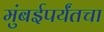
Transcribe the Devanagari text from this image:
मुंबईपर्यंतचा